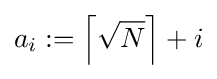
a_{i}:=\left\lceil {\sqrt {N}}\right\rceil +i